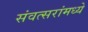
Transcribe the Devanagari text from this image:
संवत्सरांमध्ये